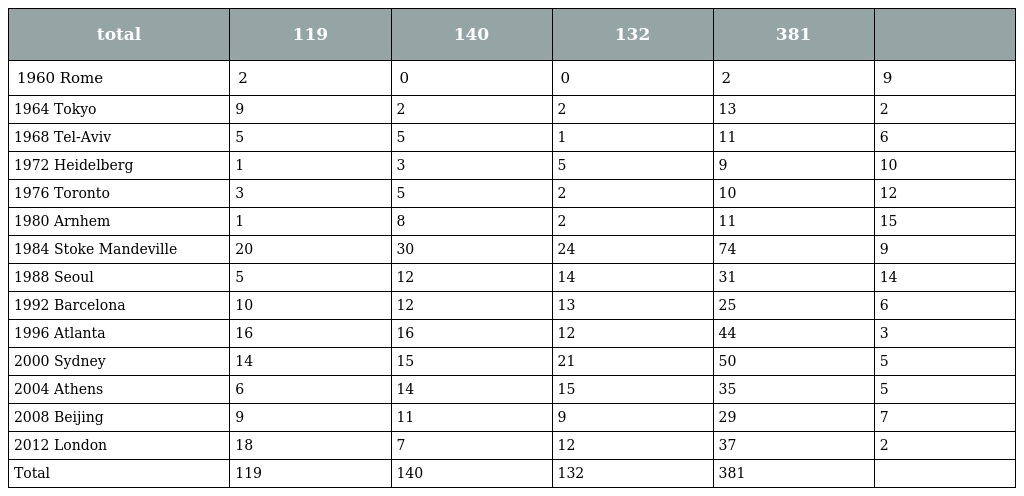
| total | 119 | 140 | 132 | 381 |  |
 | --- | --- | --- | --- | --- | --- |
 | 1960 Rome | 2 | 0 | 0 | 2 | 9 |
 | 1964 Tokyo | 9 | 2 | 2 | 13 | 2 |
 | 1968 Tel-Aviv | 5 | 5 | 1 | 11 | 6 |
 | 1972 Heidelberg | 1 | 3 | 5 | 9 | 10 |
 | 1976 Toronto | 3 | 5 | 2 | 10 | 12 |
 | 1980 Arnhem | 1 | 8 | 2 | 11 | 15 |
 | 1984 Stoke Mandeville | 20 | 30 | 24 | 74 | 9 |
 | 1988 Seoul | 5 | 12 | 14 | 31 | 14 |
 | 1992 Barcelona | 10 | 12 | 13 | 25 | 6 |
 | 1996 Atlanta | 16 | 16 | 12 | 44 | 3 |
 | 2000 Sydney | 14 | 15 | 21 | 50 | 5 |
 | 2004 Athens | 6 | 14 | 15 | 35 | 5 |
 | 2008 Beijing | 9 | 11 | 9 | 29 | 7 |
 | 2012 London | 18 | 7 | 12 | 37 | 2 |
 | Total | 119 | 140 | 132 | 381 |  |